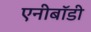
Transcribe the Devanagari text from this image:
एनीबॉडी